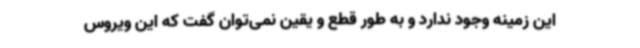
این زمینه وجود ندارد و به طور قطع و یقین نمی‌توان گفت که این ویروس